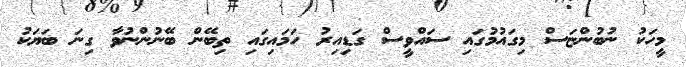
މީހަކު ނުބުންޏަސް މިގައުމުގައި ސައްވީސް ގަޑިއިރު ހަމައިގައި ތިބޭން ބޭނުންނުވާ ގިނަ ބަޔަކު